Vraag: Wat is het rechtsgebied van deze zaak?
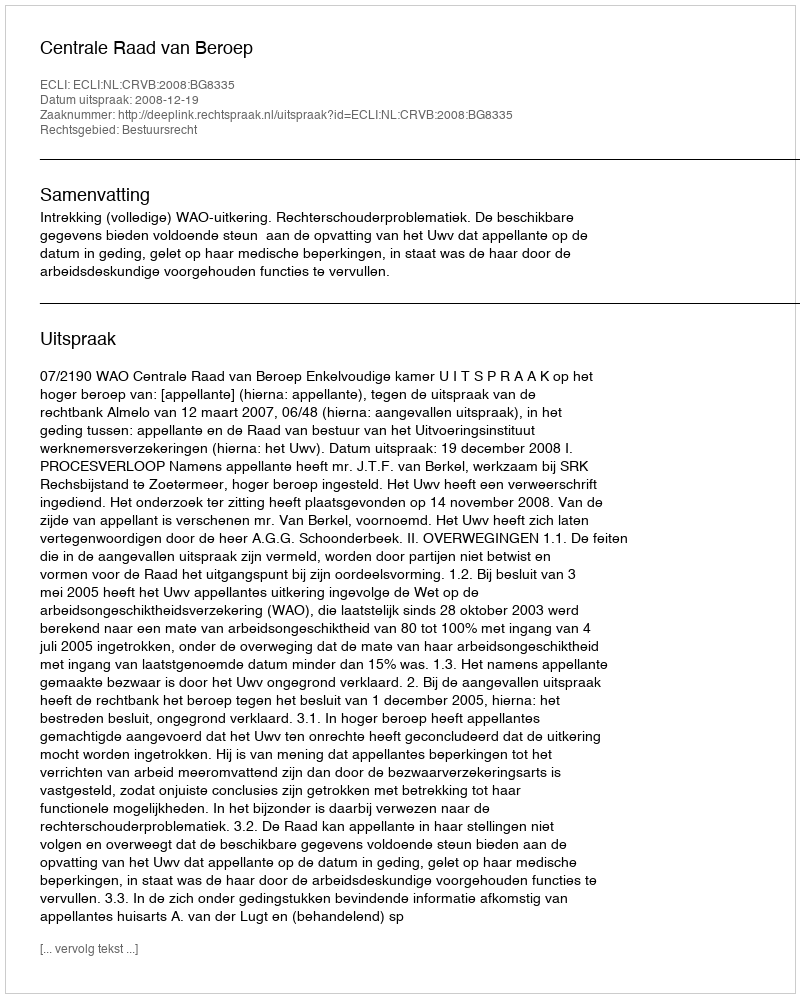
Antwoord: Bestuursrecht